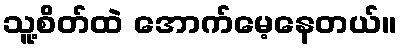
သူ့စိတ်ထဲ အောက်မေ့နေတယ်။